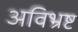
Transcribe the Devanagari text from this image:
अविभ्रष्ट